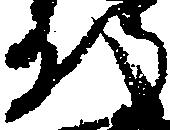
明